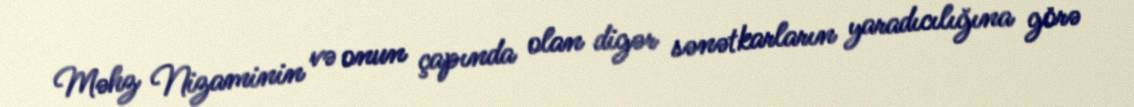
Məhz Nizaminin və onun çapında olan digər sənətkarların yaradıcılığına görə